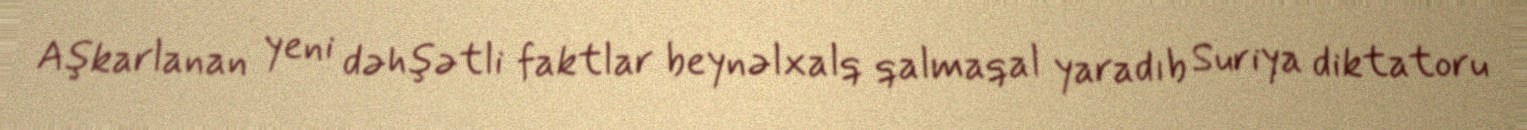
Aşkarlanan yeni dəhşətli faktlar beynəlxalq qalmaqal yaradıb Suriya diktatoru